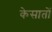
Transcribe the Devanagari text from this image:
केसातों